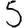
Digit: 5